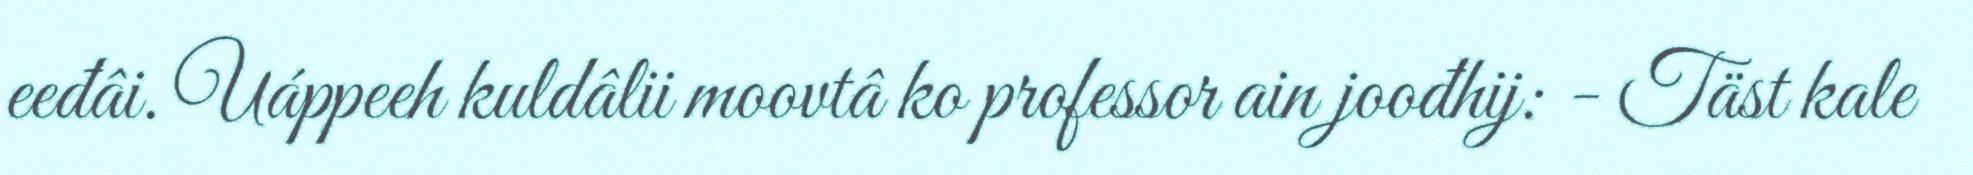
eeđâi. Uáppeeh kuldâlii moovtâ ko professor ain joođhij: - Täst kale